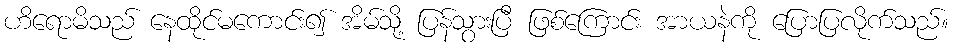
ဟိရောမိသည် နေထိုင်မကောင်း၍ အိမ်သို့ ပြန်သွားပြီ ဖြစ်ကြောင်း အာယနဲကို ပြောပြလိုက်သည်။